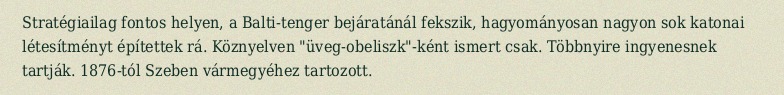
Stratégiailag fontos helyen, a Balti-tenger bejáratánál fekszik, hagyományosan nagyon sok katonai létesítményt építettek rá. Köznyelven "üveg-obeliszk"-ként ismert csak. Többnyire ingyenesnek tartják. 1876-tól Szeben vármegyéhez tartozott.